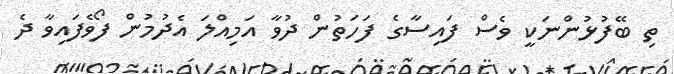
ތި ބޭފުޅުންނަކީ ވެސް ފައިސާގެ ފަހަތުން ދުވާ އަމިއްލަ އެދުމުން ފޯވެފައިވާ ދެ